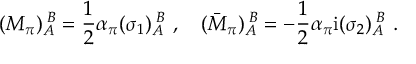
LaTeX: ( M _ { \pi } ) _ { A } ^ { \; B } = \frac { 1 } { 2 } \alpha _ { \pi } ( \sigma _ { 1 } ) _ { A } ^ { \; B } \ , \quad ( \bar { M } _ { \pi } ) _ { A } ^ { \; B } = - \frac { 1 } { 2 } \alpha _ { \pi } \mathrm { i } ( \sigma _ { 2 } ) _ { A } ^ { \; B } \ .